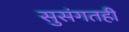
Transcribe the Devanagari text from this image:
सुसंगतही